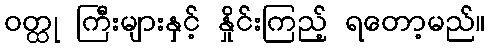
ဝတ္ထု ကြီးများနှင့် နှိုင်းကြည့် ရတော့မည်။